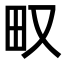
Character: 𤰖